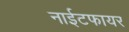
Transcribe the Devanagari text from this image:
नाईटफायर